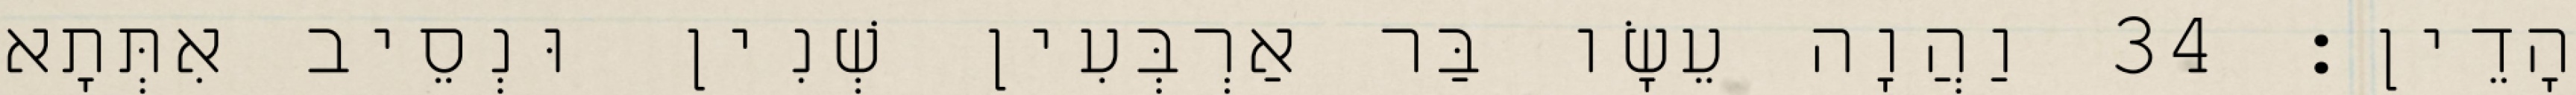
הָדֵין׃ 34 וַהֲוָה עֵשָׂו בַּר אַרְבְּעִין שְׁנִין וּנְסֵיב אִתְּתָא